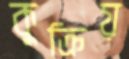
কুক্রিয়